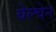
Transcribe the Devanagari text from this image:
बेल्चेन